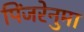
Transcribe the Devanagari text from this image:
पिंजरेनुमा